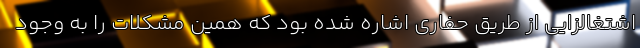
اشتغالزایی از طریق حفاری اشاره شده بود که همین مشکلات را به وجود